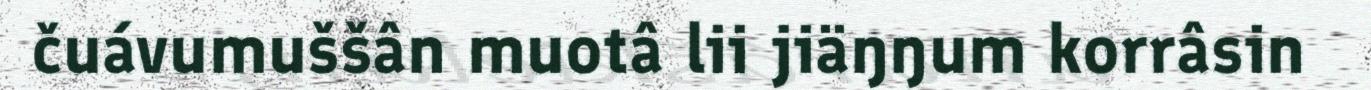
čuávumuššân muotâ lii jiäŋŋum korrâsin